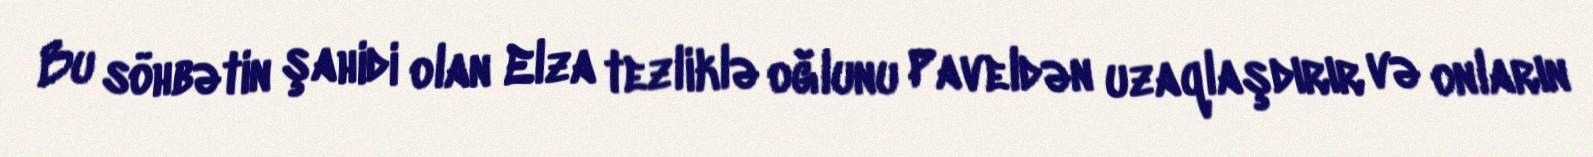
Bu söhbətin şahidi olan Elza tezliklə oğlunu Paveldən uzaqlaşdırır və onların